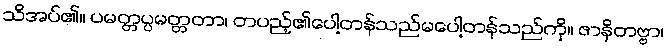
သိအပ်၏။ ပမတ္တပ္ပမတ္တတာ၊ တပည့်၏ပေါ့တန်သည်မပေါ့တန်သည်ကို။ ဇာနိတဗ္ဗာ၊